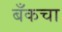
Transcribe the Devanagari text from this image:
बँकचा